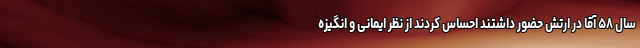
سال ۵۸ آقا در ارتش حضور داشتند احساس کردند از نظر ایمانی و انگیزه